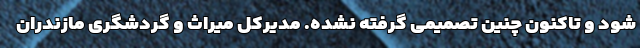
شود و تاکنون چنین تصمیمی گرفته نشده. مدیرکل میراث و گردشگری مازندران